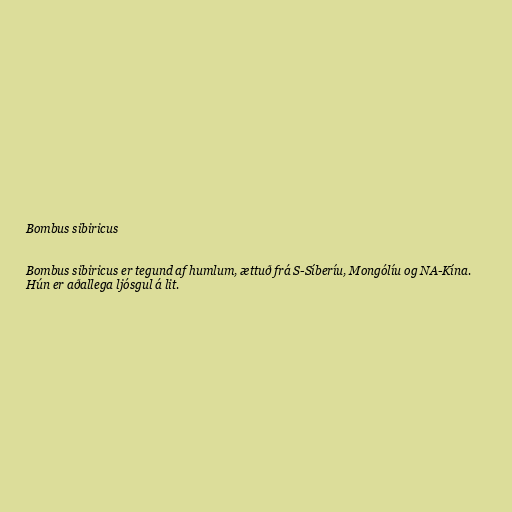
Bombus sibiricus

Bombus sibiricus er tegund af humlum, ættuð frá S-Síberíu, Mongólíu og NA-Kína.
Hún er aðallega ljósgul á lit.